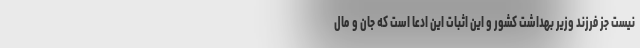
نیست جز فرزند وزیر بهداشت کشور و این اثبات این ادعا است که جان و مال